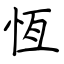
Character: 恆